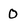
Character: 0